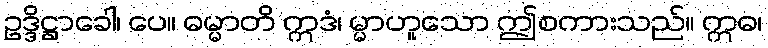
ဥဒ္ဒိဋ္ဌာခေါ၊ ပေ။ ဓမ္မာတိ ဣဒံ၊ မ္မာဟူသော ဤစကားသည်။ ဣဓ၊